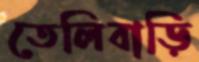
তেলিবাড়ি